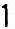
1